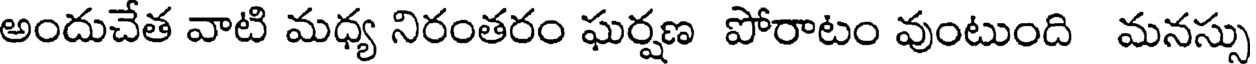
అందుచేత వాటి మధ్య నిరంతరం ఘర్షణ పోరాటం వుంటుంది మనస్సు